Report on vaccination in Madras 1877-1894 - 1877-1894
Year: 1877
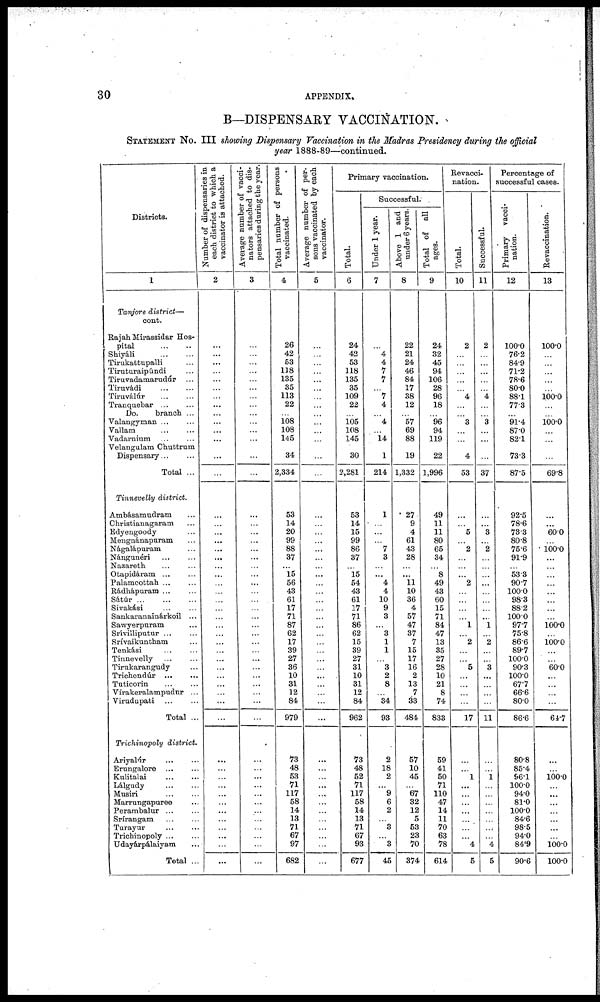
30
APPENDIX.
B—DISPENSARY VACCINATION.
STATEMENT No. III showing Dispensary Vaccination in the Madras Presidency during the official
year 1888-89—continued.
Districts.
1
Tanjore district—
cont.
Rajah Mirassidar Hos-
pital
...
...
Shiyáli
...
...
Tirukattupalli ...
Tiruturaipúndi ...
Tiruvadamarudúr ...
Tiruvádi ... ...
Tiruválúr ... ...
Tranquebar
...
...
Do.
branch ...
Valangyman ... ...
Vallam ... ...
Vadarnium ... ...
Velangulam Chuttrum
Dispensary ... ...
Total ...
Tinnevelly district.
Ambásamudram ...
Christianagaram ...
Edyengoody ...
Mengnánapuram ...
Nágalápuram ...
Nángunéri
...
...
Nazareth ... ...
Otapidáram
...
...
Palamcottah ... ...
Rádhápuram ... ...
Sátúr
...
...
...
Sivakási ... ...
Sankaranainárkoil ...
Sawyerpuram ...
Srivilliputur ... ...
Srívaikuntham ...
Tenkási
...
...
Tinnevelly ... ...
Tirukarangudy ...
Trichendúr
...
...
Tuticorin
...
...
Vírakeralampudur ...
Virudupati ... ...
Total ...
Trichinopoly district.
Ariyalúr ... ...
Erungalore
...
...
Kulitalai
...
...
Lálgudy
...
...
Musiri ... ...
Marrungapuree ...
Perambalur ... ...
Srírangam
...
...
Turayur ... ...
Trichinopoly ... ...
Udayárpálaiyam ...
Total ...
Number of dispensaries in
each district to which a
vaccinator is attached.
2
...
...
...
...
...
...
...
...
...
...
...
...
...
...
...
...
...
...
...
...
...
...
...
...
...
...
...
...
...
...
...
...
...
...
...
...
...
...
...
...
...
...
...
...
...
...
...
...
...
...
Average number of vacci-
nators attached to dis-
pensaries during the year.
3
...
...
...
...
...
...
...
...
...
...
...
...
...
...
...
...
...
...
...
...
...
...
...
...
...
...
...
...
...
...
...
...
...
...
...
...
...
...
...
...
...
...
...
...
...
...
...
...
...
...
Total number of persons
vaccinated.
4
26
42
53
118
135
35
113
22
...
108
108
145
34
2,334
53
14
20
99
88
37
...
15
56
43
61
17
71
87
62
17
39
27
36
10
31
12
84
979
73
48
53
71
117
58
14
13
71
67
97
682
Average number of per-
sons vaccinated by each
vaccinator.
5
...
...
...
...
...
...
...
...
...
...
...
...
...
...
...
...
...
...
...
...
...
...
...
...
...
...
...
...
...
...
...
...
...
...
...
...
...
...
...
...
...
...
...
...
...
...
...
...
...
...
Primary vaccination.
Total.
6
24
42
53
118
135
35
109
22
...
105
108
145
30
2,281
53
14
15
99
86
37
...
15
54
43
61
17
71
86
62
15
39
27
31
10
31
12
84
962
73
48
52
71
117
58
14
13
71
67
93
677
Successful.
Under 1 year.
7
...
4
4
7
7
...
7
4
...
4
...
14
1
214
1
...
...
...
7
3
...
...
4
4
10
9
3
...
3
1
1
...
3
2
8
...
34
93
2
18
2
...
9
6
2
...
3
...
3
45
Above 1 and
under 6 years.
8
22
21
24
46
84
17
38
12
...
57
69
88
19
1,332
27
9
4
61
43
28
...
...
11
10
36
4
57
47
37
7
15
17
16
2
13
7
33
484
57
10
45
...
67
32
12
5
53
23
70
374
Total of all
ages.
9
24
32
45
94
106
28
96
18
...
96
94
119
22
1,996
49
11
11
80
65
34
...
8
49
43
60
15
71
84
47
13
35
27
28
10
21
8
74
833
59
41
50
71
110
47
14
11
70
63
78
614
Revacci¬
nation.
Total.
10
2
...
...
...
...
...
4
...
...
3
...
...
4
53
...
...
5
...
2
...
...
...
2
...
...
...
...
1
...
2
...
...
5
...
...
...
...
17
...
...
1
...
...
...
...
...
...
...
4
5
Successful.
11
2
...
...
...
...
...
4
...
...
3
...
...
...
37
...
...
3
...
2
...
...
...
...
...
...
...
...
1
...
2
...
...
3
...
...
...
...
11
...
...
1
...
...
...
...
...
...
...
4
5
Percentage of
successful cases.
Primary vacci-
nation.
12
100.0
76.2
84.9
71.2
78.6
80.0
88.1
77.3
...
91.4
87.0
82.1
73.3
87.5
92.5
78.6
73.3
80.8
75.6
91.9
...
53.3
90.7
100.0
98.3
88.2
100.0
97.7
75.8
86.6
89.7
100.0
90.3
100.0
67.7
66.6
80.0
86.6
80.8
85.4
96.1
100.0
94.0
81.0
100.0
84.6
98.5
94.0
84.9
90.6
Revaccination.
13
100.0
...
...
...
...
...
100.0
...
...
100.0
...
...
...
69.8
...
...
60.0
...
100.0 ...
...
...
...
...
...
...
...
100.0
...
100.0
...
...
60.0
...
...
...
...
64.7
...
...
100.0
...
...
...
...
...
...
...
100.0
100.0